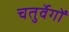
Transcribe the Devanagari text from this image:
चतुर्वेगों